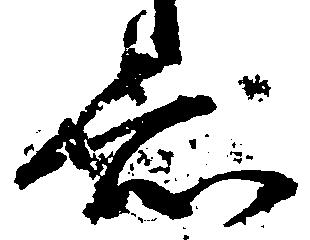
知